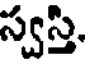
స్వస్తి,